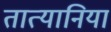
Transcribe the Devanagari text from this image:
तात्यानिया